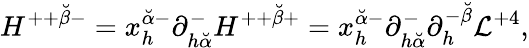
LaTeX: H^{++{\breve{\beta}}-}=x_{h}^{{\breve{\alpha}}-}\partial_{h{\breve{\alpha}}}^{-}H^{++{\breve{\beta}}+}=x_{h}^{{\breve{\alpha}}-}\partial_{h{\breve{\alpha}}}^{-}\partial_{h}^{-{\breve{\beta}}}{\cal L}^{+4},